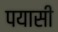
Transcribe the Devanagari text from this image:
पयासी